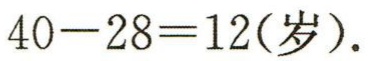
\(40 - 28 = 12(\text{岁}).\)